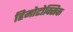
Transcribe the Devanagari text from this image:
हिमोटोक्सिक